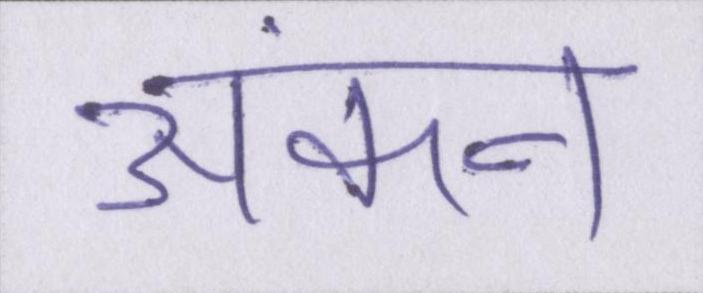
अंकन